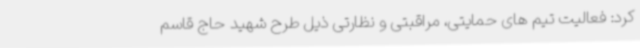
کرد: فعالیت تیم های حمایتی، مراقبتی و نظارتی ذیل طرح شهید حاج قاسم